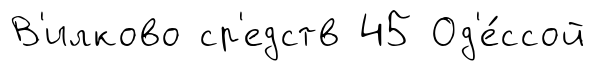
В'илково ср'едств 45 Од'е́ссой